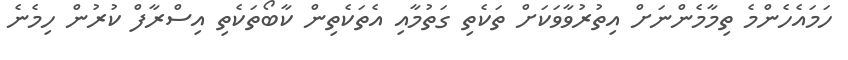
ހަމައެހެންމެ ތިމާމެންނަށް އިތުރުވާވަކަށް ތަކެތި ގަތުމާއި އެތަކެތިން ކާބޯތަކެތި އިސްރާފް ކުރުން ހިމެނެ